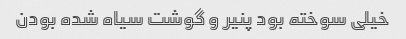
خیلی سوخته بود پنیر و گوشت سیاه شده بودن